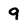
Character: 9